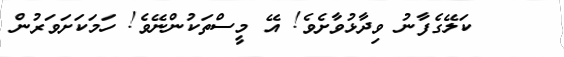
ކަލޭގެފާނު ވިދާޅުވާށެވެ! އޭ މީސްތަކުންނޭވެ! ހަމަކަށަވަރުން